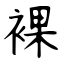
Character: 裸